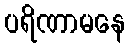
ပရိဏာမနေ